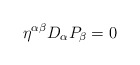
\begin{align*}\eta ^{\alpha \beta }D_{\alpha }P_{\beta }=0 \end{align*}